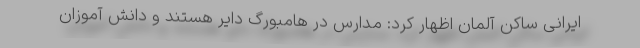
ایرانی ساکن آلمان اظهار کرد: مدارس در هامبورگ دایر هستند و دانش آموزان